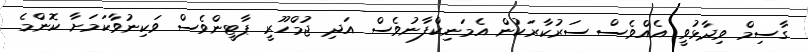
ގާސިމް ވިދާޅުވީ އެއްވެސް ސަރުކާރަކުން އެމަނިކްފާނުވެސް އަދި ޖުމްހޫރީ ޕާޓީންވެސް ވަކިނުވާކަމަށާ ކޮންމެ